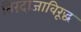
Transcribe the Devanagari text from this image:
तिरंदाजाविरूद्ध